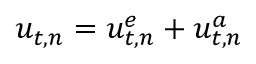
u _ { t , n } = u _ { t , n } ^ { e } + u _ { t , n } ^ { a }